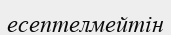
есептелмейтін